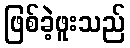
ဖြစ်ခဲ့ဖူးသည်